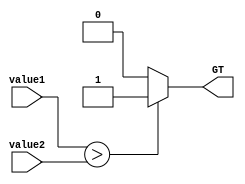
module GreaterThanComparator (
    input      wire [7:0] value1,
    input      wire [7:0] value2,
    output reg        GT
);

always @* begin
    if (value1 > value2) begin
        GT <= 1;
    end else begin
        GT <= 0;
    end
end

endmodule